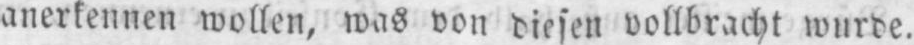
anerkennen wollen, was von diesen vollbracht wurde.